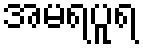
အမရပူရ